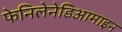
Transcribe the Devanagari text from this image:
फेनिलेनेडिआमाइन